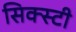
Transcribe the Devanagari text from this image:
सिक्स्टी